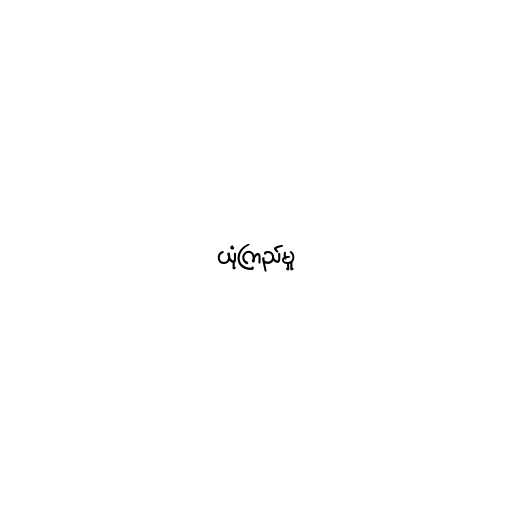
ယုံကြည်မှု